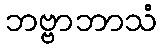
ဘဗ္ဗာဘာသံ